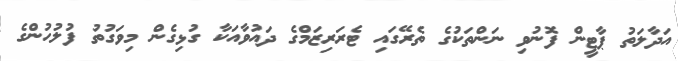
އަދާލަތު ޕާޓީން ފޮނުވި ނަންތަކުގެ ތެރޭގައި ޓެރަރިޒަމްގެ ދައުވާއަކާ ގުޅިގެން މިވަގުތު ފުލުހުންގެ